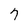
Character: 7